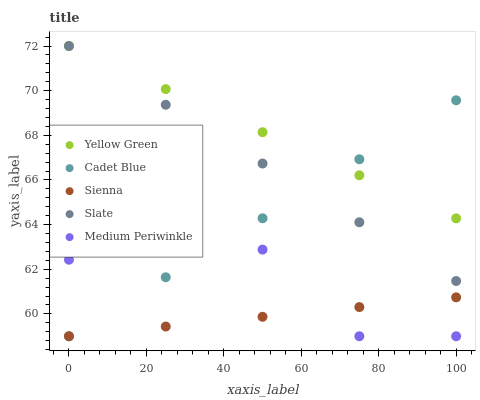
| xaxis_label | Yellow Green | Cadet Blue | Sienna | Slate | Medium Periwinkle |
 | --- | --- | --- | --- | --- | --- |
 | 0 | 72 | 59 | 59 | 72 | 62.4 |
 | 25 | 70.1 | 61.6 | 59.4 | 69.4 | 64.4 |
 | 50 | 68.1 | 64.3 | 59.9 | 66.7 | 62.9 |
 | 75 | 66.2 | 66.9 | 60.3 | 64.1 | 59 |
 | 100 | 64.3 | 69.6 | 60.7 | 61.5 | 59 |